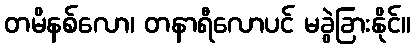
တမိနစ်လော၊ တနာရီလောပင် မခွဲခြားနိုင်။